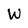
Character: W